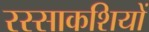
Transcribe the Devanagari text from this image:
रस्साकशियों